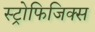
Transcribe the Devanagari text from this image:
स्ट्रोफिजिक्स